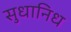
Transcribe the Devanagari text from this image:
सुधानिध